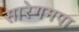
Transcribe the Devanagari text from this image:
सारेगमपा